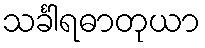
သင်္ခါရဓာတုယာ